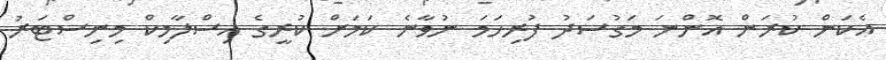
އެކަން ކުރަން އޮންނަ މަގުސަދު ފުރިހަމަ ނުވާނެ ކަމަށް ކުރީގެ އިސްލާމިކް މިނިސްޓަރު